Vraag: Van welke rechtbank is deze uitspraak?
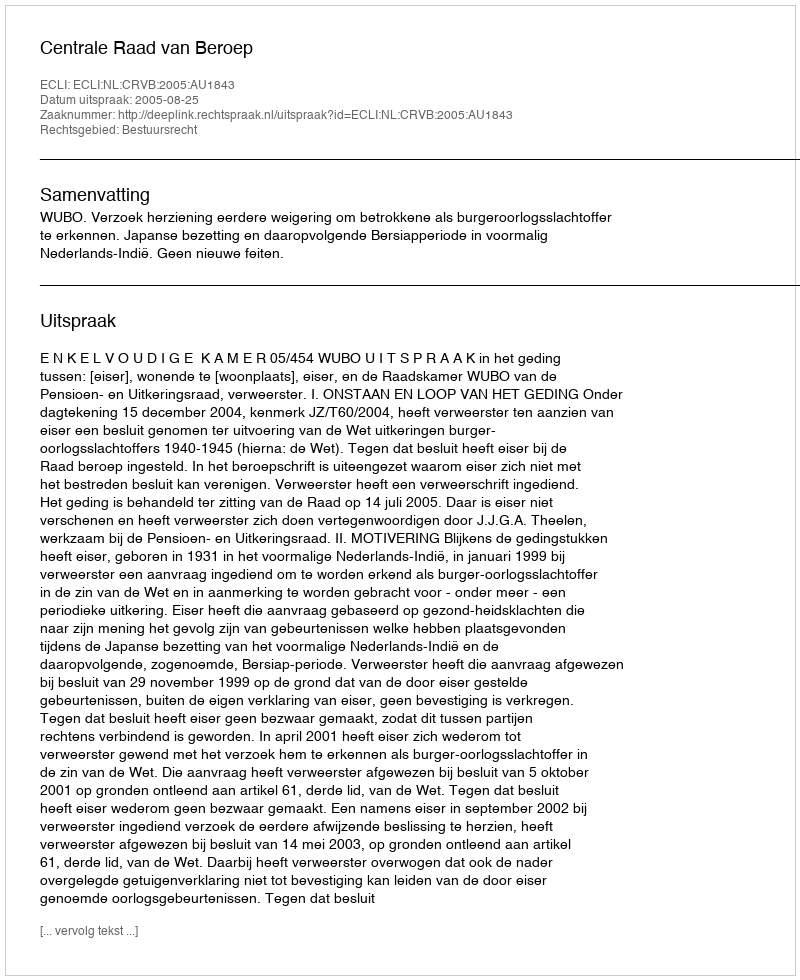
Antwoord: Centrale Raad van Beroep